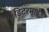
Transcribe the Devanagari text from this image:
डिटरमाइंड